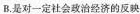
B.是对一定社会政治经济的反映